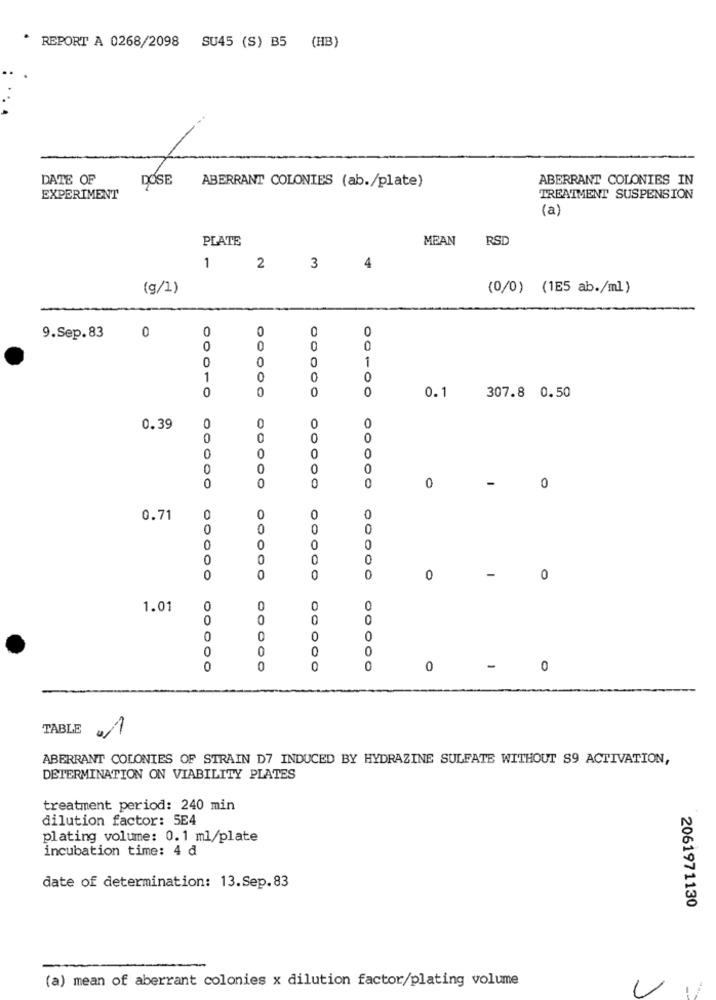
* REPORT A 0268/2098 SU45 (S) B5 (HB)
DATE OF
DOSE
ABERRANT COLONIES IN
ABERRANT COLONIES (ab./plate)
EXPERIMENT
TREATMENT SUSPENSION
(a)
PLATE
MEAN
RSD
1
2
3
4
(g/1)
(0/0) (1E5 ab./ml)
0
0
0
0
9.Sep.83
0
0
0
0
0
0
0
0
1
1
0
O
0
0
0
0
0.1
307.8 0.50
0
0.39
0
O
0
0
0
0
0
0
0
-
00
0
0.71
0
O
0
00
0
0
0
-
0
0
0
0
0
0
1.01
0
0
0
0
0
0
0
0
0
0
0
0
0
-
0
TABLE
0/1
ABERRANT COLONIES OF STRAIN D7 INDUCED BY HYDRAZINE SULFATE WITHOUT S9 ACTIVATION,
DETERMINATION ON VIABILITY PLATES
treatment period: 240 min
dilution factor: 5E4
plating volume: 0.1 ml/plate
incubation time: 4 d
date of determination: 13.Sep.83
2061971130
(a) mean of aberrant colonies x dilution factor/plating volume